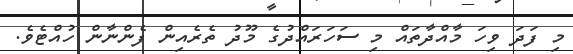
މި ފަދަ ވިހަ މާއްދާތައް މި ސަހަރައްދުގެ މޫދު ތެރެއިން ފެންނާން ހުއްޓެވެ.